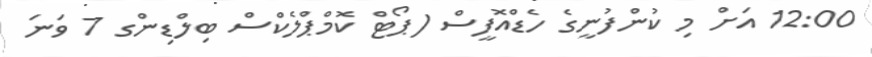
12:00 އަށް މި ކުންފުނީގެ ހެޑްއޮފީސް (ޕޯޓް ކޮމްޕްލެކްސް ބިލްޑިންގ 7 ވަނަ